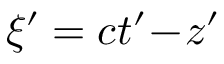
\xi ^ { \prime } = c t ^ { \prime } \! - \! z ^ { \prime }